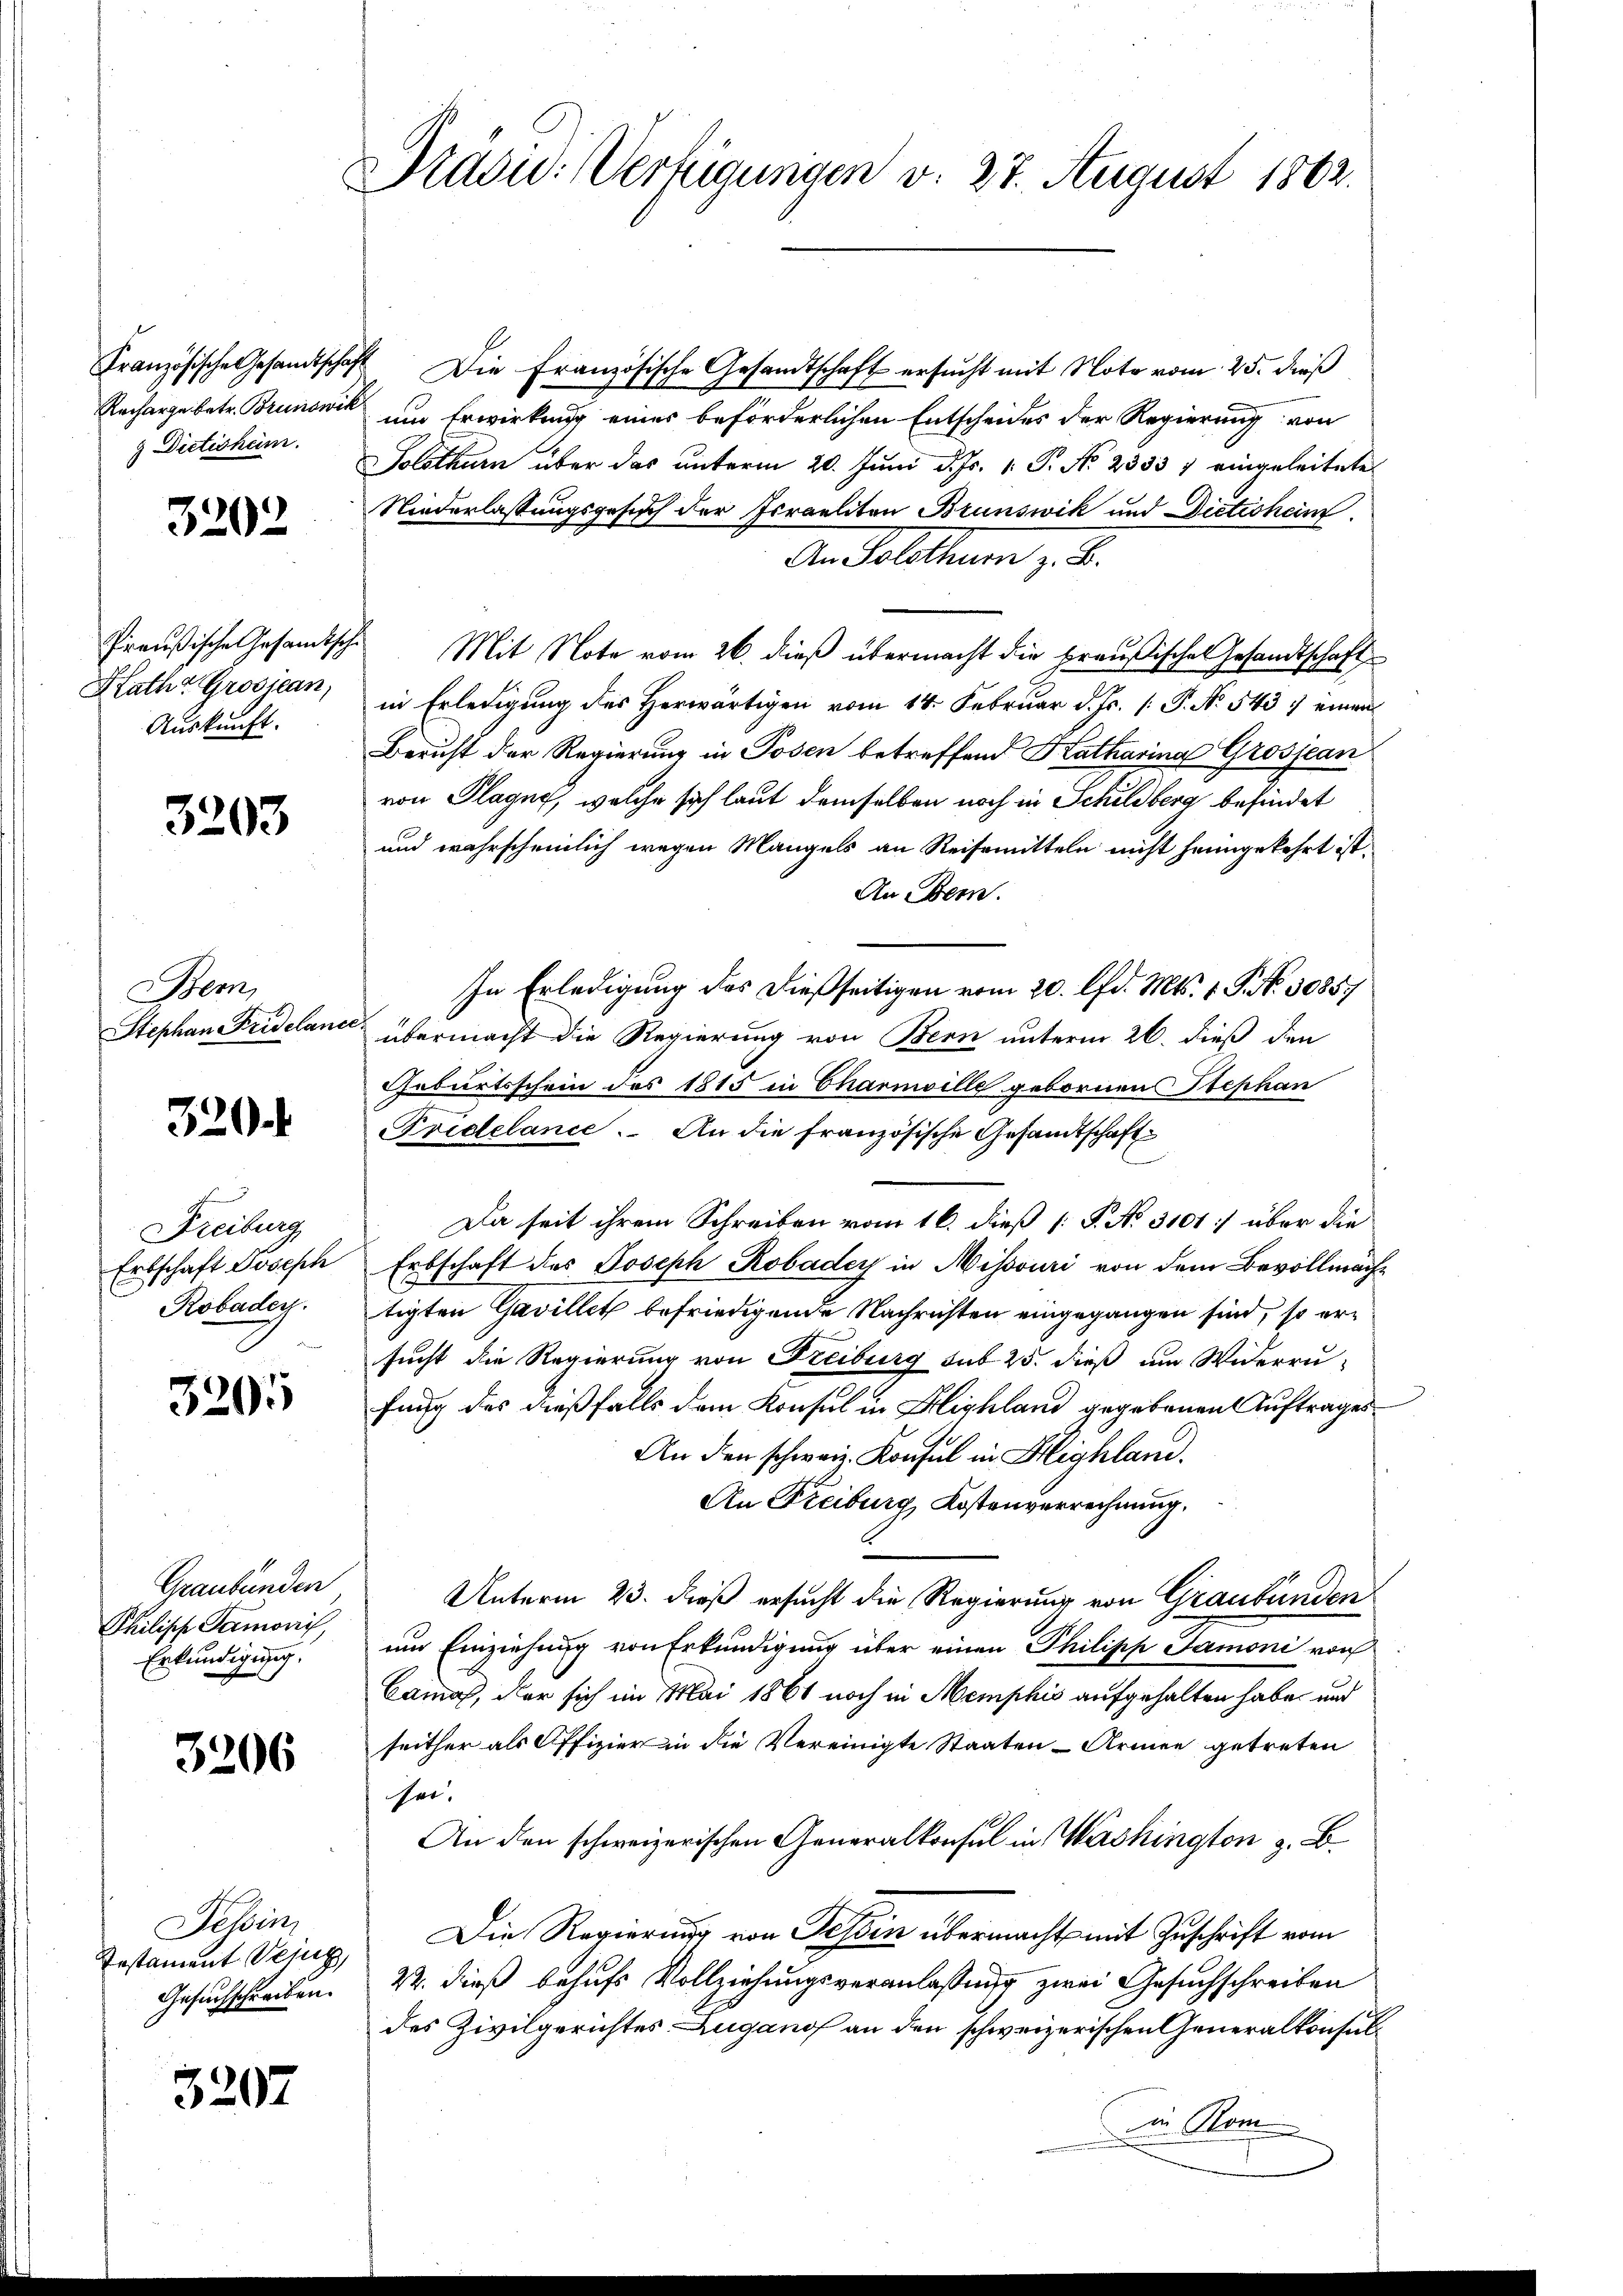
Französische Gesandtschaft
Recharge betr. Brunowik
9 Dietisheim.

3202

Preußische Gesandtsche
Rath Grosjean,
Auskunft.

3203

Bern,
Stephan Fridelance.

320

Freiburg
Erbschaft Joseph
Robaden.

320

Graubünden
Philisch Samović,
Erkundigung.

3206

Tessin
Testament Weing
Gesuchschreiben.

3207

Pradic: Verfügungen v. 27. August 1862.

Die Französische Gesandtschaft ersucht mit Note vom 25. dieß
um Erwirkung eines beförderlichen Entscheides der Regierung von
Solothurn über das unterm 20. Juni d. Js. v. P. No. 2333) eingeleitete
Niederlassungsgesuch der Israeliten Brunswik und Dietisheim
An Sollten z. B.
Mit Note vom 26. dieß übermacht die preußische Gesandtschaft
in Erledigung des Herwärtigen vom 14. Februar d. Js. [ P. Nr. 543 einen
Beruht der Regierung in Posen betreffend Katharina Grossean
von Plagen, welche sich laut demselben noch in Schildberg befindet
und wahrscheinlich wegen Mangels an Reisemitteln nicht heimgekehrt ist.
An Bern.
In Erledigung des dießseitigen vom 20. lfd. Mts. 1. G. N. 30857
übermacht die Regierung von Bern unterm 26. dieß den
Geburtsschein des 1815 in Charnwille gebornen Stephan
Fridelance. An die französische Gesandtschaft
Da seit ihrem Schreiben vom 16. dieß [ P. No. 3101 :/ über die
Erbschaft des Joseph Robadey in Missouri von dem Bevollmächtigten Gavillet befriedigende Nachrichten eingegangen sind, so ersucht die Regierung von Freiburg sub 25. dieß um Widerru-
fung des dießfalls dem Konsul in Highland gegebenen Auftrages
An den schweiz. Konsul in Highlan
An Freiburg, Kostenverrechnung.
Unterm 23. dieß ersucht die Regierung von Graubünden
um Einziehung von Erkundigung über einen Philipp Tamoni noch
Camas, der sich im Mai 1861 noch in Memphis aufgehalten habe, und
seither als Offizier in die Vereinigte Staaten - Armen getreten
sei.
An den schweizerischen Generalkonsul in Washington z. B.
Die Regierung von Tessin übermacht mit Zuschrift vom
22. dieß behufs Vollziehungsveranlassung zwei Gesuchschreiben
des Zivilgerichtes Zugano an den schweizerischen Generalkonsulin Kom